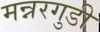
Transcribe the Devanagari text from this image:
मन्नरगुडी